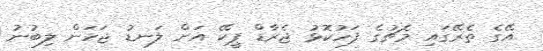
އޭގެ ތެރޭގައި މެޗުގެ ފަހުކޮޅު ޖެރާޑް ޕީކޭ އަށް ލަނޑު ޖަހަން ލިބުނު